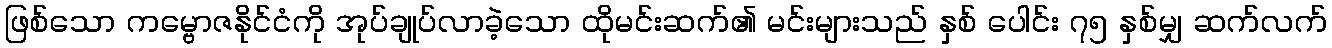
ဖြစ်သော ကမ္ဗောဇနိုင်ငံကို အုပ်ချုပ်လာခဲ့သော ထိုမင်းဆက်၏ မင်းများသည် နှစ် ပေါင်း ၇၅ နှစ်မျှ ဆက်လက်